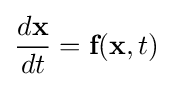
{\frac {d{\textbf {x}}}{dt}}={\textbf {f}}({\textbf {x}},t)